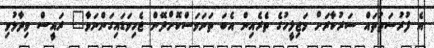
އެ ފުރުސަތުތައް ސަރުކާރަށް މަޖިލީހުގެ ތެރެއިން އެބަ ތަނަވަސްކޮށްދޭން ޖެހިވަޑައިގަންނަވާ" ރައީސް ވިދާޅުވި